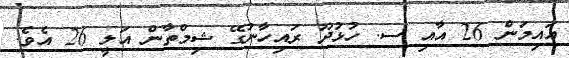
އައިމަން 26 އާއި ސ. ހުޅުދޫ ރައިހާނުގޭ ޝިމްތާން އަލީ 26 އެވެ.